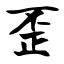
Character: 歪